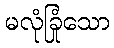
မလုံခြုံသော